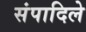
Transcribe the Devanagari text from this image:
संपादिले